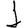
Digit: 1